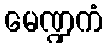
မေဏ္ဍကံ